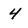
Character: 4